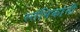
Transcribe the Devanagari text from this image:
स्तंभिकांनी